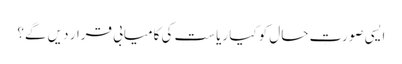
ایسی صورتِ حال کو کیا ریاست کی کامیابی قرار دیں گے؟